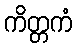
ကိတ္တကံ